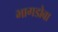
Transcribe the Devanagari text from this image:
भागडोबा